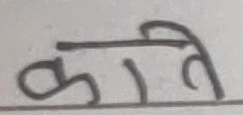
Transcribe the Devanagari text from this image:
कती